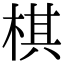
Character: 棋